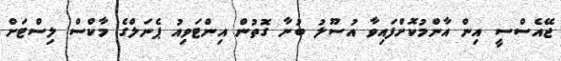
ޖޭއެސްސީ އިން އާންމުކޮށްފައިވާ އުސޫލު ބުނާ ގޮތުން އިންޓަވިއު ޕެނަލްގެ މާކްސް ލިސްޓަށް